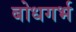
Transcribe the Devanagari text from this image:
बोधगर्भ